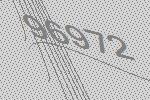
96972